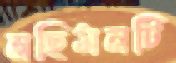
নছিমনটি